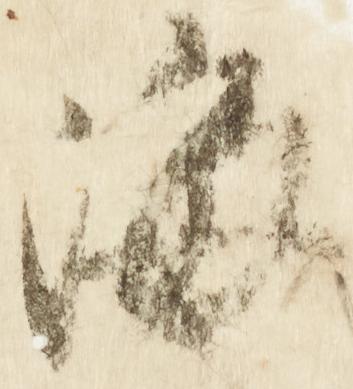
海